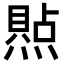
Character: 𪹭